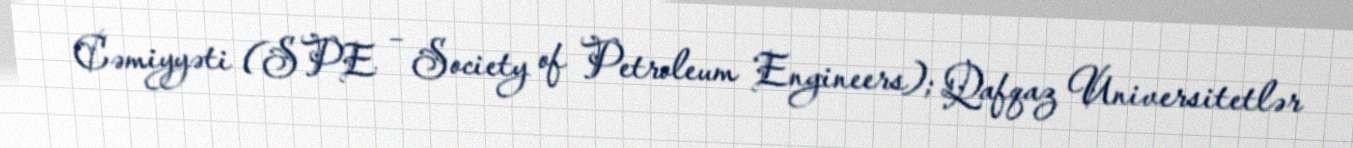
Cəmiyyəti (SPE – Society of Petroleum Engineers); Qafqaz Universitetlər